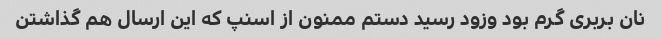
نان بربری گرم بود وزود رسید دستم ممنون از اسنپ که این ارسال هم گذاشتن